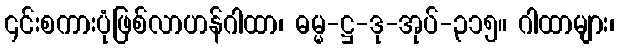
၎င်းစကားပုံဖြစ်လာဟန်ဂါထာ၊ ဓမ္မ-ဋ္ဌ-ဒု-အုပ်-၃၁၅။ ဂါထာများ၊